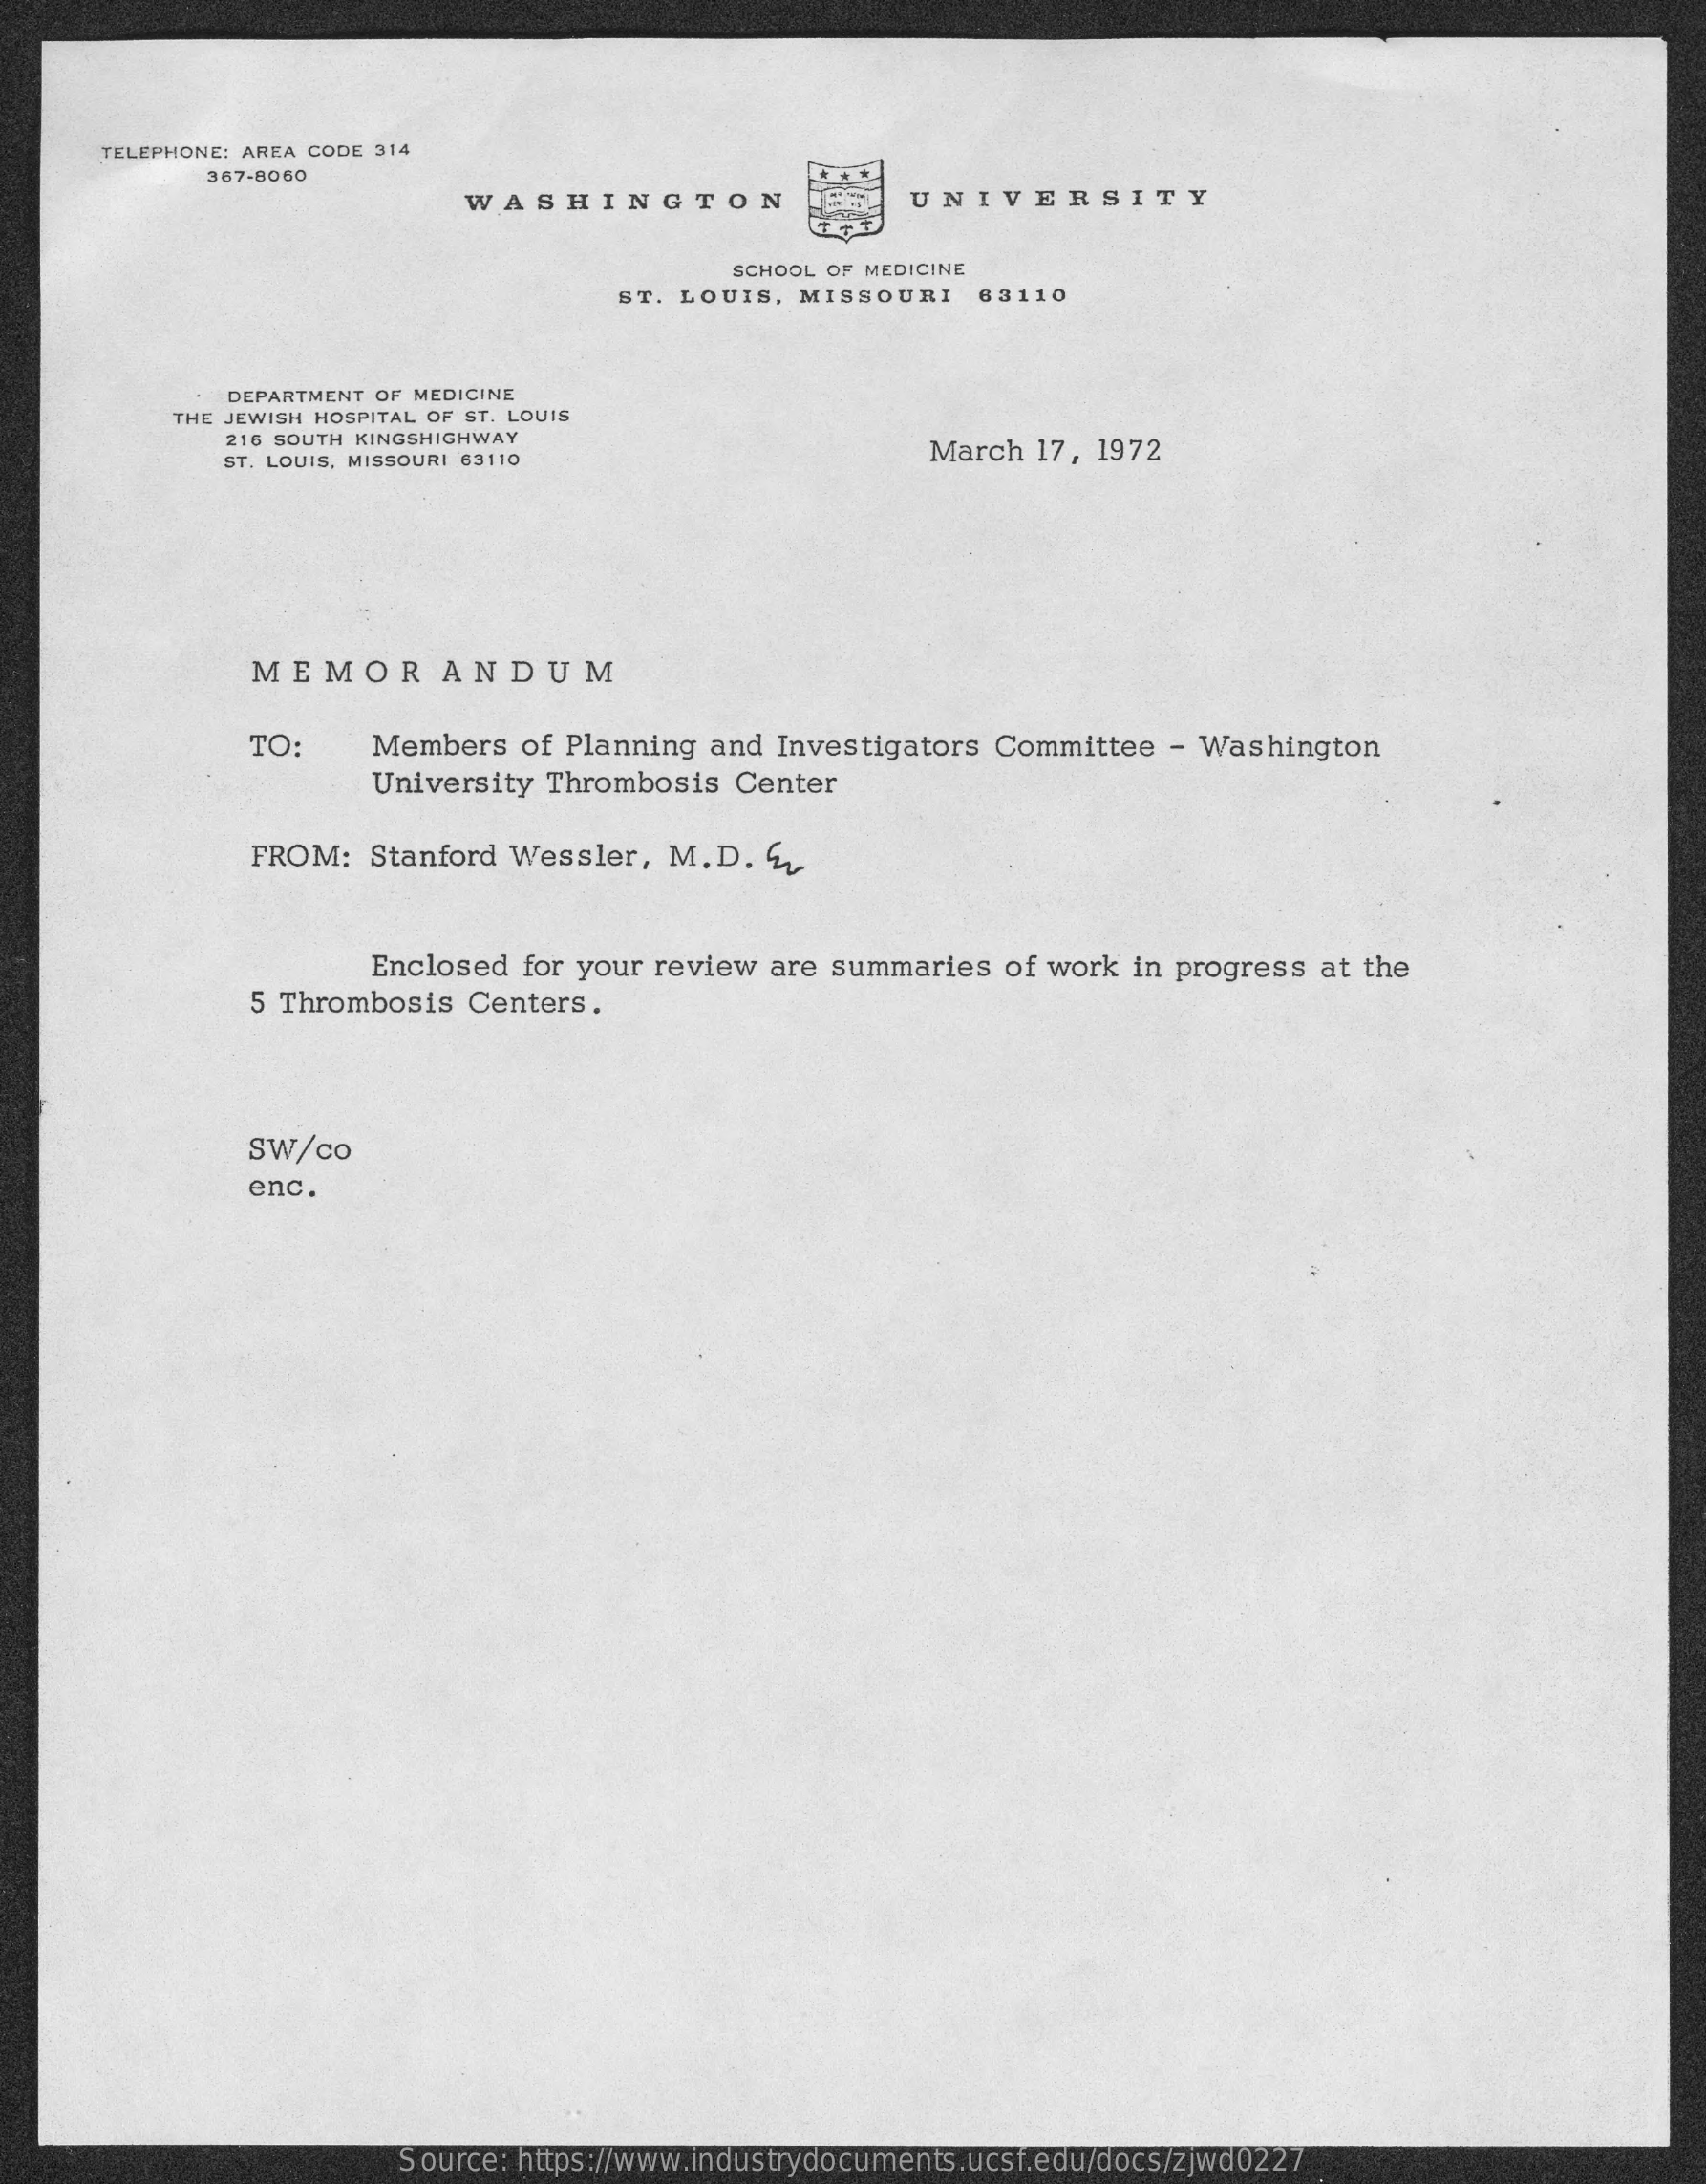
TELEPHONE: AREA CODE 314
     367-8060
     WASHINGTON    UNIVERSITY
     SCHOOL OF MEDICINE
     ST. LOUIS, MISSOURI    63110
     DEPARTMENT OF MEDICINE
     THE JEWISH HOSPITAL OF ST. LOUIS
     216 SOUTH KINGSHIGHWAY
     ST. LOUIS, MISSOURI 63110    March 17, 1972
     MEMORANDUM
     TO:    Members  of Planning and  Investigators Committee  - Washington
     University  Thrombosis  Center
     FROM:  Stanford Wessler,  M.D.   E
     5 Thrombosis Centers.
     Enclosed for your review are summaries   of work in progress at the
     SW/co
     enc.
     Source: https://www.industrydocuments.ucsf.edu/docs/zjwd0227